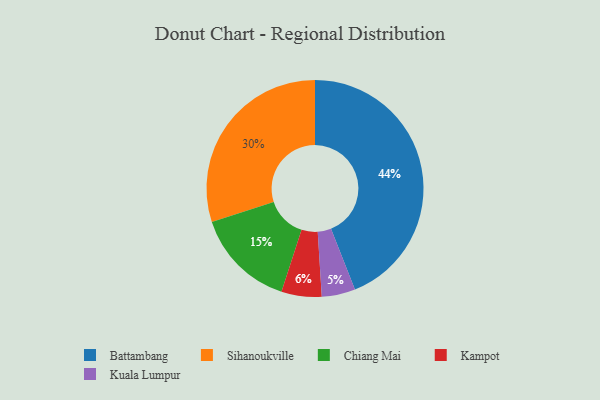
{"axis": {"x": "Category", "y": "Percentage"}, "legend": ["Battambang", "Chiang Mai", "Kampot", "Kuala Lumpur", "Sihanoukville"], "data": [{"x": "Chiang Mai", "y": 15, "type": "Chiang Mai"}, {"x": "Battambang", "y": 44, "type": "Battambang"}, {"x": "Kampot", "y": 6, "type": "Kampot"}, {"x": "Kuala Lumpur", "y": 5, "type": "Kuala Lumpur"}, {"x": "Sihanoukville", "y": 30, "type": "Sihanoukville"}]}